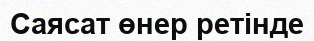
Саясат өнер ретінде